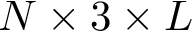
N \times 3 \times L